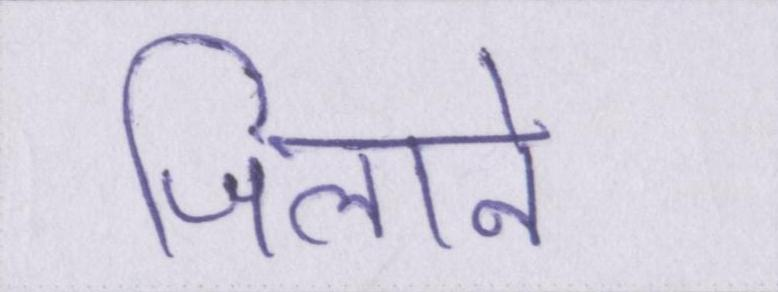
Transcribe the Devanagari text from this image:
जिलाने